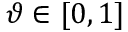
\vartheta \in [ 0 , 1 ]